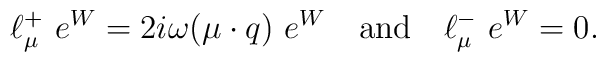
\ell_\mu^+~e^{W}=2i\omega(\mu\cdot q)~e^W \quad{\rm   and}\quad \ell_\mu^-~e^{W}=0.